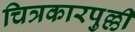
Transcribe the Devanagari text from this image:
चित्रकारपुल्ली